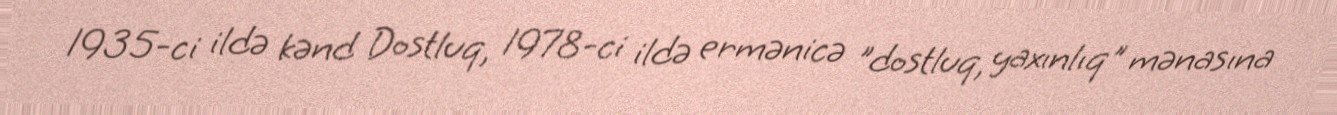
1935-ci ildə kənd Dostluq, 1978-ci ildə ermənicə "dostluq, yaxınlıq" mənasına